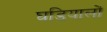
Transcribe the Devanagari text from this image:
घडियालों